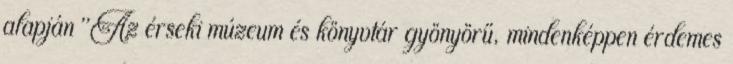
alapján "Az érseki múzeum és könyvtár gyönyörű, mindenképpen érdemes